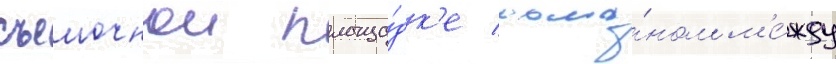
съемочнои площа́дк'е рома́ном м'е́жду